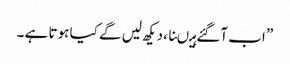
” اب آگئے ہیںنا ،دیکھ لیں گے کیا ہوتا ہے ۔